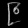
Digit: ၉